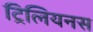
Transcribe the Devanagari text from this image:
ट्रिलियनस